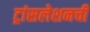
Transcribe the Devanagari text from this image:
ट्रांसलेशनची